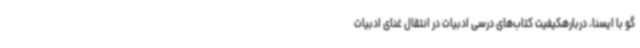
گو با ایسنا، دربارهکیفیت کتاب‌های درسی ادبیات در انتقال غنای ادبیات